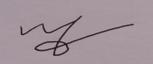
Signature authenticity: forged